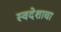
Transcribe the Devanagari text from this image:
स्वदेशाचा